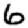
Digit: 6